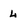
Character: 4